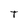
Character: T